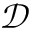
\mathcal { D }